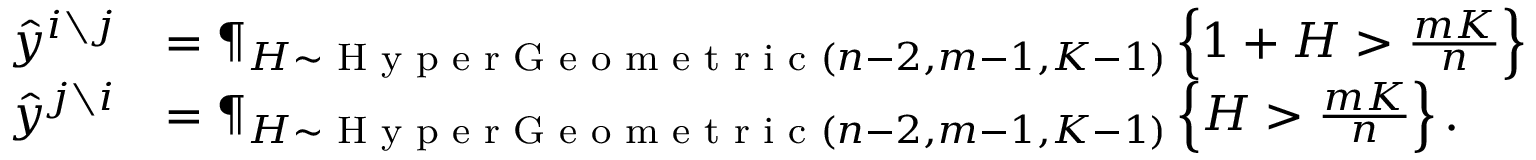
\begin{array} { r l } { \hat { y } ^ { i \setminus j } } & { = \P _ { H \sim \textnormal { H y p e r G e o m e t r i c } ( n - 2 , m - 1 , K - 1 ) } \left\{ 1 + H > \frac { m K } { n } \right\} } \\ { \hat { y } ^ { j \setminus i } } & { = \P _ { H \sim \textnormal { H y p e r G e o m e t r i c } ( n - 2 , m - 1 , K - 1 ) } \left\{ H > \frac { m K } { n } \right\} . } \end{array}